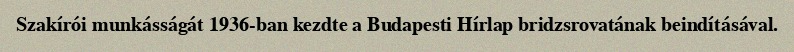
Szakírói munkásságát 1936-ban kezdte a Budapesti Hírlap bridzsrovatának beindításával.